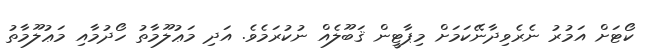
ކޯޓަށް އަމުރު ނެރެވިދާނޭކަމަށް މިޕާޓީން ޤަބޫލެއް ނުކުރަމެވެ. އަދި މަޢުލޫމާތު ހޯދުމާއި މަޢުލޫމާތު